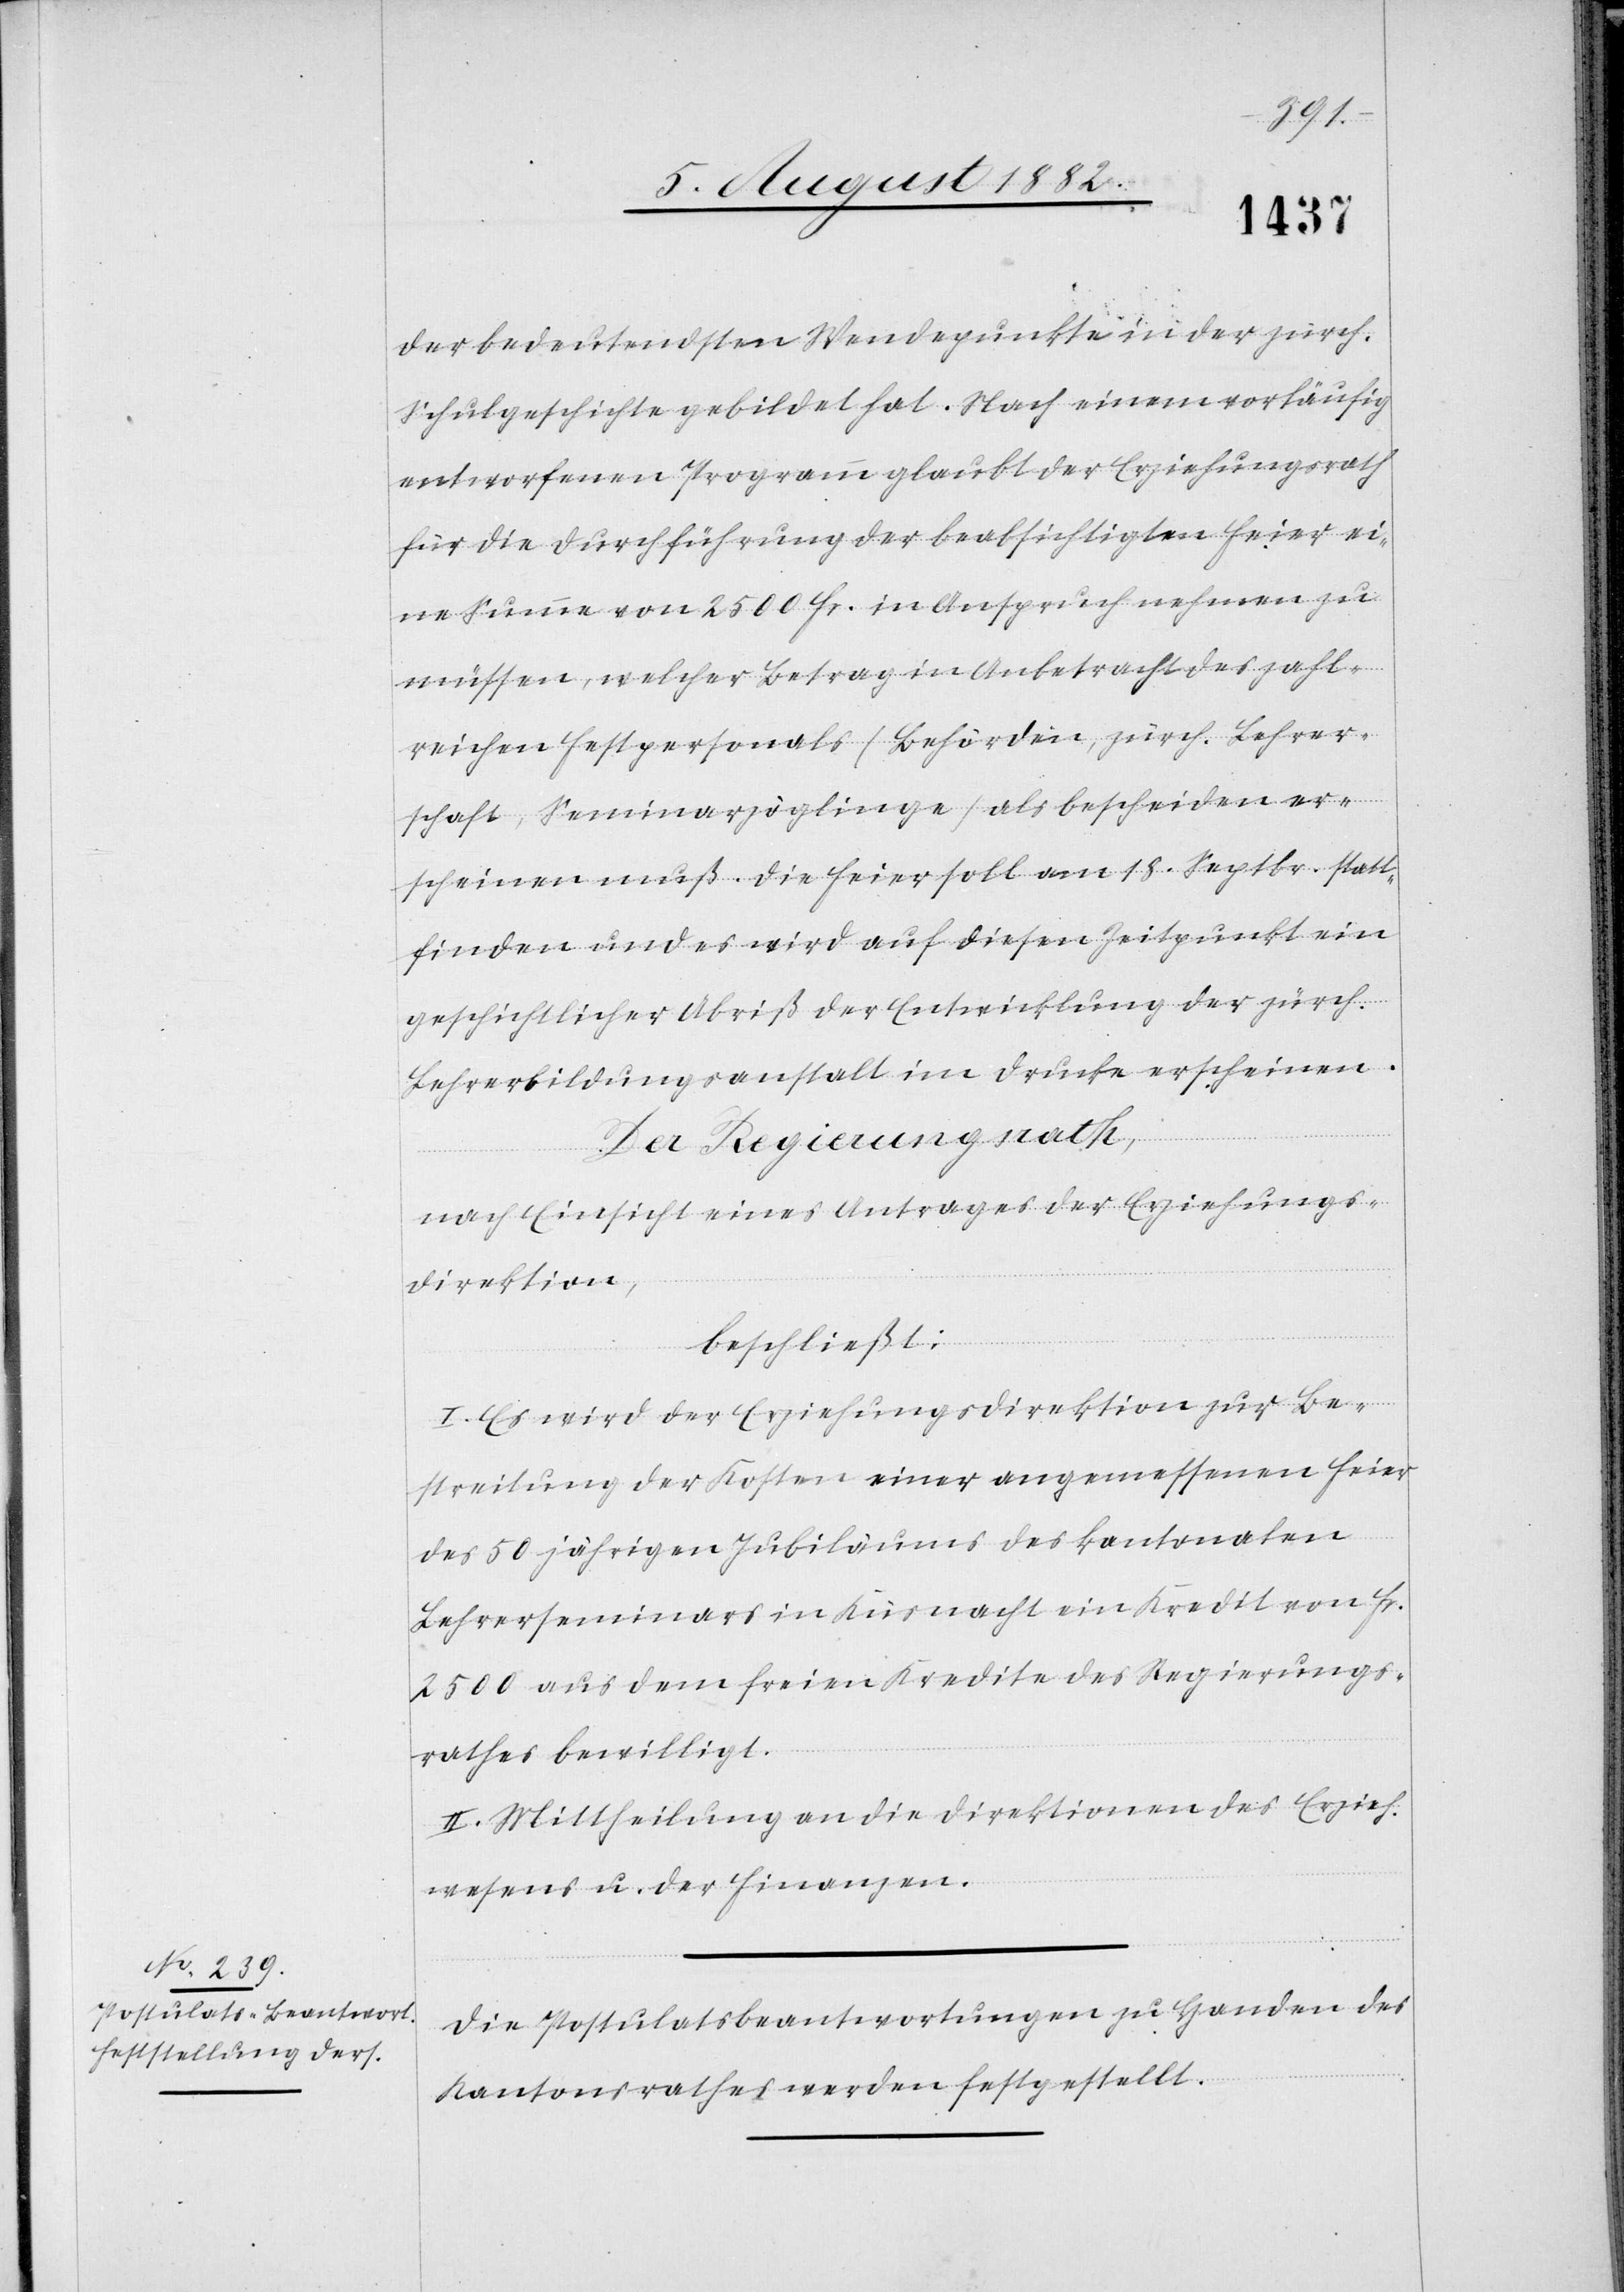
der bedeutendsten Wendepunkte in der zürch.
Schulgeschichte gebildet hat. Nach einem vorläufig
entworfenen Programm glaubt der Erziehungsrath
für die Durchführung der beabsichtigten Feier ei¬
ne Summe von 2500 Fr. in Anspruch nehmen zu
müssen, welcher Betrag in Anbetracht des zahl¬
reichen Festpersonals (Behörden, zürch. Lehrer¬
schaft, Seminarzöglinge) als bescheiden er¬
scheinen muß. Die Feier soll am 18. Septbr. statt¬
finden und es wird auf diesen Zeitpunkt ein
geschichtlicher Abriß der Entwicklung der zürch.
Lehrerbildungsanstalt im Drucke erscheinen.
Der Regierungsrath,
nach Einsicht eines Antrages der Erziehungs¬
direktion,
beschließt:
I. Es wird der Erziehungsdirektion zur Be¬
streitung der Kosten einer angemessenen Feier
des 50 jährigen Jubiläums des kantonalen
Lehrerseminars in Küsnacht ein Kredit von Fr.
2500 aus dem freien Kredite des Regierungs¬
rathes bewilligt.
II. Mittheilung an die Direktionen des Erziehun¬
gswesens u. der Finanzen.
Die Postulatsbeantwortungen zu Handen des
Kantonsrathes werden festgestellt.